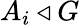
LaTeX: A_{i}\triangleleft G